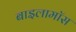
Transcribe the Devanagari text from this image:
बाइलामॉस